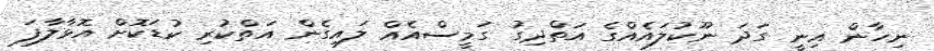
ނިހާން އިނީ ގަދަ ނޫކުލައެއްގެ އަތްދިގު ގަމީސްއެއް ލައިގެން އަތްކުރި ކުޑަކޮށް އޮޅާލާފަ